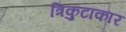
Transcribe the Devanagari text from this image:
त्रिकुटाकार